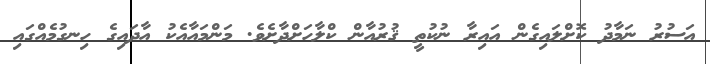
އަސުރު ނަމާދު ކޮށްލައިގެން އައިރާ ނުކުތީ ޤުރުއާން ކްލާހަށްދާށެވެ. މަންމައާއެކު އާދައިގެ ހިނގުމެއްގައި